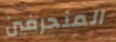
المنحرفين